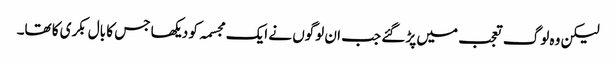
لیکن وہ لوگ تعجب میں پڑ گئے جب ان لوگوں نے ایک مجسمہ کو دیکھا جس کا بال بکری کا تھا۔